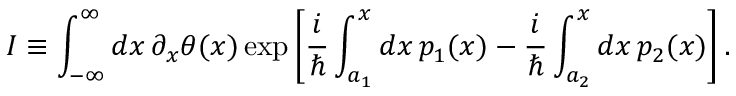
I \equiv \int _ { - \infty } ^ { \infty } d x \, \partial _ { x } \theta ( x ) \exp \left[ { \frac { i } { \hbar } } \int _ { a _ { 1 } } ^ { x } d x \, p _ { 1 } ( x ) - { \frac { i } { \hbar } } \int _ { a _ { 2 } } ^ { x } d x \, p _ { 2 } ( x ) \right] .